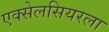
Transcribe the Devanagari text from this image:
एक्सेलसियरला